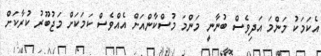
އެކަމަކު މަންމަ އަދިވެސް ބުނާނީ މަންމަ މުސްކާންއަށް އެއްވެސް ކަމަކަށް މަޖުބޫރު ކުރާކަށް